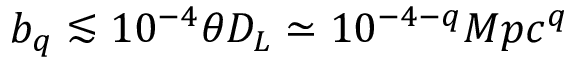
b _ { q } \lesssim 1 0 ^ { - 4 } \theta D _ { L } \simeq 1 0 ^ { - 4 - q } M p c ^ { q }